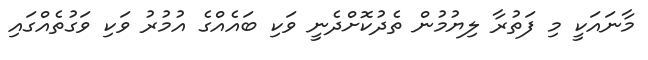
މާނައަކީ މި ފަތުރާ ލިޔުމުން ތެދުކޮށްދެނީ ވަކި ބައެއްގެ އުމުރު ވަކި ވަގުތެއްގައި